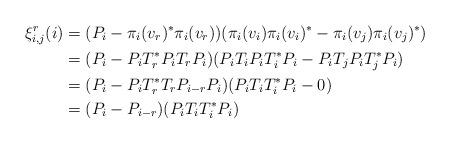
LaTeX: \begin{align*}\xi_{i,j}^{r}(i) & =(P_{i}-\pi_{i}(v_{r})^{*}\pi_{i}(v_{r}))(\pi_{i}(v_{i})\pi_{i}(v_{i})^{*}-\pi_{i}(v_{j})\pi_{i}(v_{j})^{*}) \\ & = (P_{i}-P_{i}T_{r}^{*}P_{i}T_{r}P_{i})(P_{i}T_{i}P_{i}T_{i}^{*}P_{i}-P_{i}T_{j}P_{i}T_{j}^{*}P_{i}) \\ & = (P_{i}-P_{i}T_{r}^{*}T_{r}P_{i-r}P_{i})(P_{i}T_{i}T_{i}^{*}P_{i}-0) \\ & = (P_{i}-P_{i-r})(P_{i}T_{i}T_{i}^{*}P_{i})\end{align*}